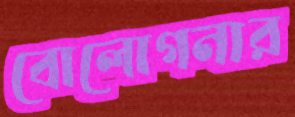
বোলোগনার